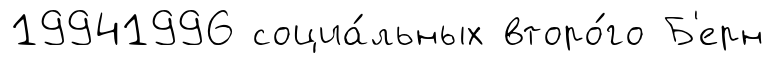
19941996 социа́льных второ́го Б'ерн